Plague in India, 1896, 1897 - Volume 2
Year: 1896
Disease focus: Plague
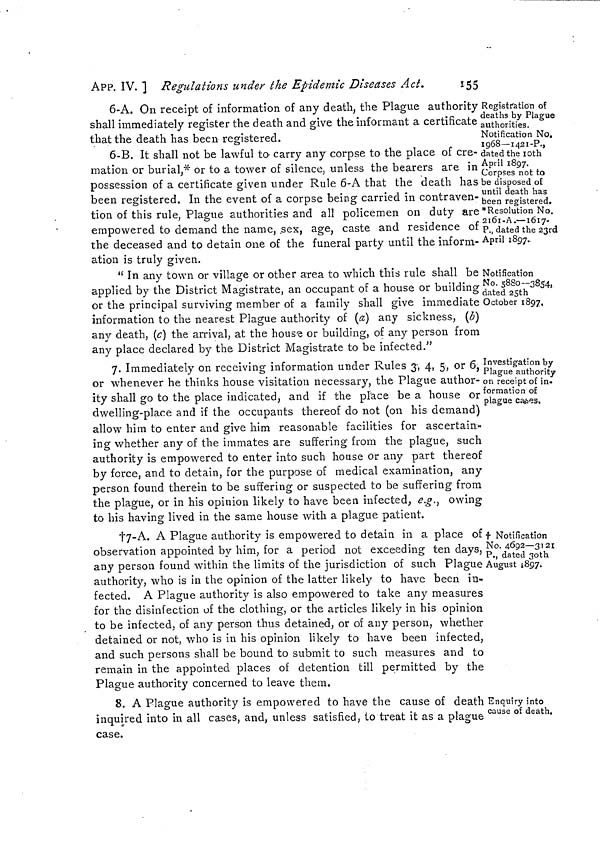
APP. IV. ] Regulations under the Epidemic Diseases Act.
£55
Registration o?
deaths by Plague
authorities.
Notification No.
1968—1421-P.,
dated the loth
April 1897.
Corpses not to
be disposed of
until death has
been registered.
*Resolution No.
2I6I-A.—1617-
P., dated the 23rd
April 1897..
6-A. On receipt of information of any death, the Plague authority
shall immediately register the death and give the informant a certificate
that the death has been registered.
6-B. It shall not be lawful to carry any corpse to the place of cre-
mation or burial,* or to a tower of silence, unless the bearers are in
possession of a certificate given under Rule 6-A that the death has
been registered. In the event of a corpse being carried in contraven-
tion of this rule, Plague authorities and all policemen on duty are
empowered to demand the name, sex, age, caste and residence of
the deceased and to detain one of the funeral party until the inform-
ation is truly given.
Notification
No. 5880-3854,
dated 25th
October 1897.
" In any town or village or other area to which this rule shall be
applied by the District Magistrate, an occupant of a house or building
or the principal surviving member of a family shall give immediate
information to the nearest Plague authority of (a) any sickness, (b)
any death, (c) the arrival, at the house or building, of any person from
any place declared by the District Magistrate to be infected."
Investigation by
Plague authority
on receipt of in«
formation of
plague cases.
7. Immediately on receiving information under Rules 3, 4, 5, or 6,
or whenever he thinks house visitation necessary, the Plague author-
ity shall go to the place indicated, and if the place be a house or
dwelling-place and if the occupants thereof do not (on his demand)
allow him to enter and give him reasonable facilities for ascertain-
ing whether any of the immates are suffering from the plague, such
authority is empowered to enter into such house or any part thereof
by force, and to detain, for the purpose of medical examination, any
person found therein to be suffering or suspected to be suffering from
the plague, or in his opinion likely to have been infected, e.g., owing
to his having lived in the same house with a plague patient.
t Notification
No. 4692—3121
P., dated 3oth
August 1897.
17-A. A Plague authority is empowered to detain in a place of
observation appointed by him, for a period not exceeding ten days,
any person found within the limits of the jurisdiction of such Plague ,
authority, who is in the opinion of the latter likely to have been in-
fected. A Plague authority is also empowered to take any measures
for the disinfection of the clothing, or the articles likely in his opinion
to be infected, of any person thus detained, or oí any person, whether
detained or not, who is in his opinion likely to have been infected,
and such persons shall be bound to submit to such measures and to
remain in the appointed places of detention till permitted by the
Plague authority concerned to leave them.
Enquiry into
cause of death.
8. A Plague authority is empowered to have the cause of death
inquired into in all cases, and, unless satisfied, to treat it as a plague
case.